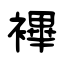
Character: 襅